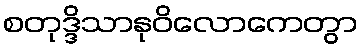
စတုဒ္ဒိသာနုဝိလောကေတွာ